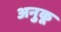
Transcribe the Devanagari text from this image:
अनुकू